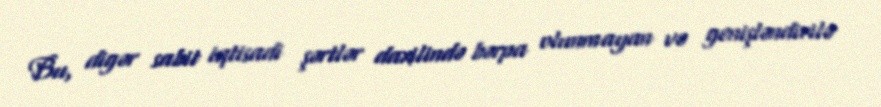
Bu, digər sabit iqtisadi şərtlər daxilində bərpa olunmayan və genişləndirilə